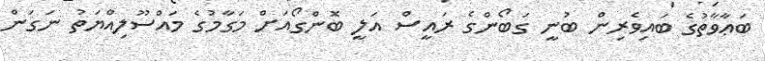
ބަޢާވާތުގެ ބައިވެރިން ބުނީ ގަބޯންގެ ރައީސް އަލީ ބޮންގޯއަށް މަގާމުގެ މައްސޫލިއްޔަތު ނަގަން